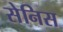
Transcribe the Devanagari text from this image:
सेनिस